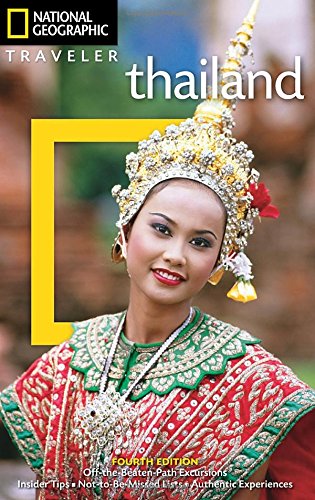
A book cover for National Geographic Traveler: Thailand, 4th Edition; Phil Macdonald; Travel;